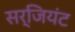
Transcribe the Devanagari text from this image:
सर्जियंट